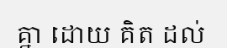
គ្នា ដោយ គិត ដល់